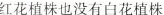
红花植株也没有白花植株